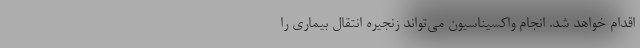
اقدام خواهد شد. انجام واکسیناسیون می‌تواند زنجیره انتقال بیماری را